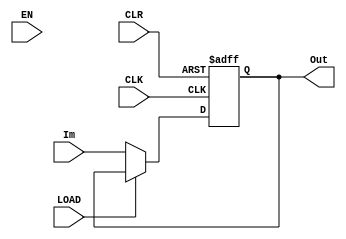
// NOTE: if Im is XXXX when LOAD is Low, Out may be XXXX

/* General-Purpose register */
module GPRegister(CLK, CLR, EN, LOAD, Im, Out);
  input CLK, CLR, EN, LOAD;
  input [3:0] Im;

  wire CLK, CLR, EN, LOAD;
  wire [3:0] Im;

  output reg [3:0] Out;

  always @ (posedge CLK or negedge CLR) begin
    if (CLR == 1'b0)
      Out <= 4'b0000;
    else
      if (LOAD == 1'b0)
        Out <= Im;
      else
        Out <= Out;
  end
endmodule




/* Program Counter */
module PC(CLK, CLR, EN, LOAD, Im, Out);
  input CLK, CLR, EN, LOAD;
  input [3:0] Im;

  wire CLK, CLR, EN, LOAD;
  wire [3:0] Im;

  output reg [3:0] Out;

  always @ (posedge CLK or negedge CLR) begin
    if (CLR == 1'b0)
      Out <= 4'b0000;
    else
      if (LOAD == 1'b0)
        Out <= Im;
      else
        // count up with posedge CLK
        Out <= Out + 4'b0001;
  end
endmodule




/* flag register */
module FlagRegister(CLK, CLR, Carry, Out);
  input CLK, CLR, Carry;

  wire CLK, CLR, Carry;

  output reg Out;

  // NOTE: always @ ( * ) Carry
  always @ (posedge CLK or negedge CLR) begin
    if (CLR == 1'b0)
      Out <= 1'b0;
    else
      Out <= Carry;
  end
endmodule